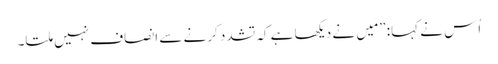
‏ اُس نے کہا:‏ ”‏مَیں نے دیکھا ہے کہ تشدد کرنے سے اِنصاف نہیں ملتا۔